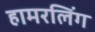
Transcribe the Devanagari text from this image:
हामरलिंग